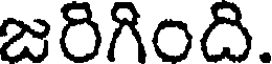
జరిగింది.